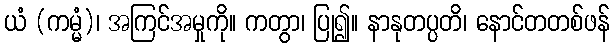
ယံ (ကမ္မံ)၊ အကြင်အမှုကို။ ကတွာ၊ ပြု၍။ နာနုတပ္ပတိ၊ နောင်တတစ်ဖန်